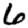
Digit: 6